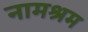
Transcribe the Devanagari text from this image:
नामश्रम